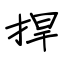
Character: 捍